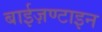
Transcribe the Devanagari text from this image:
बाईज़ण्टाइन